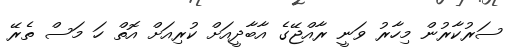
ސަރުކާރުން މިހާރު ވަނީ ރާއްޖޭގެ އާބާދީއަށް ކުރިއަށް އޮތް ހަ މަސް ތެރޭ